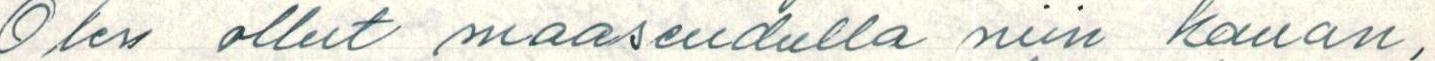
Olen ollut maaseudulla niin kauan,